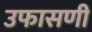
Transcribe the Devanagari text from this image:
उफासणी